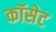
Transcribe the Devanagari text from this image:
कॉसेट